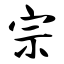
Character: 宗